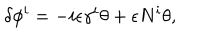
LaTeX: \delta \phi ^ { i } = - i \epsilon \gamma ^ { i } \theta + \epsilon N ^ { i } \theta ,